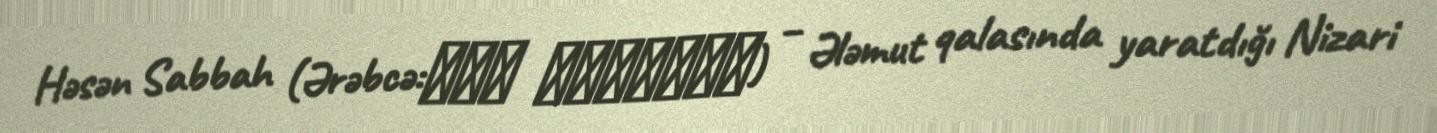
Həsən Sabbah (Ərəbcə:حسن الصّباح) – Ələmut qalasında yaratdığı Nizari